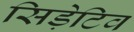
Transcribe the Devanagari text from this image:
सिड़ेटिव